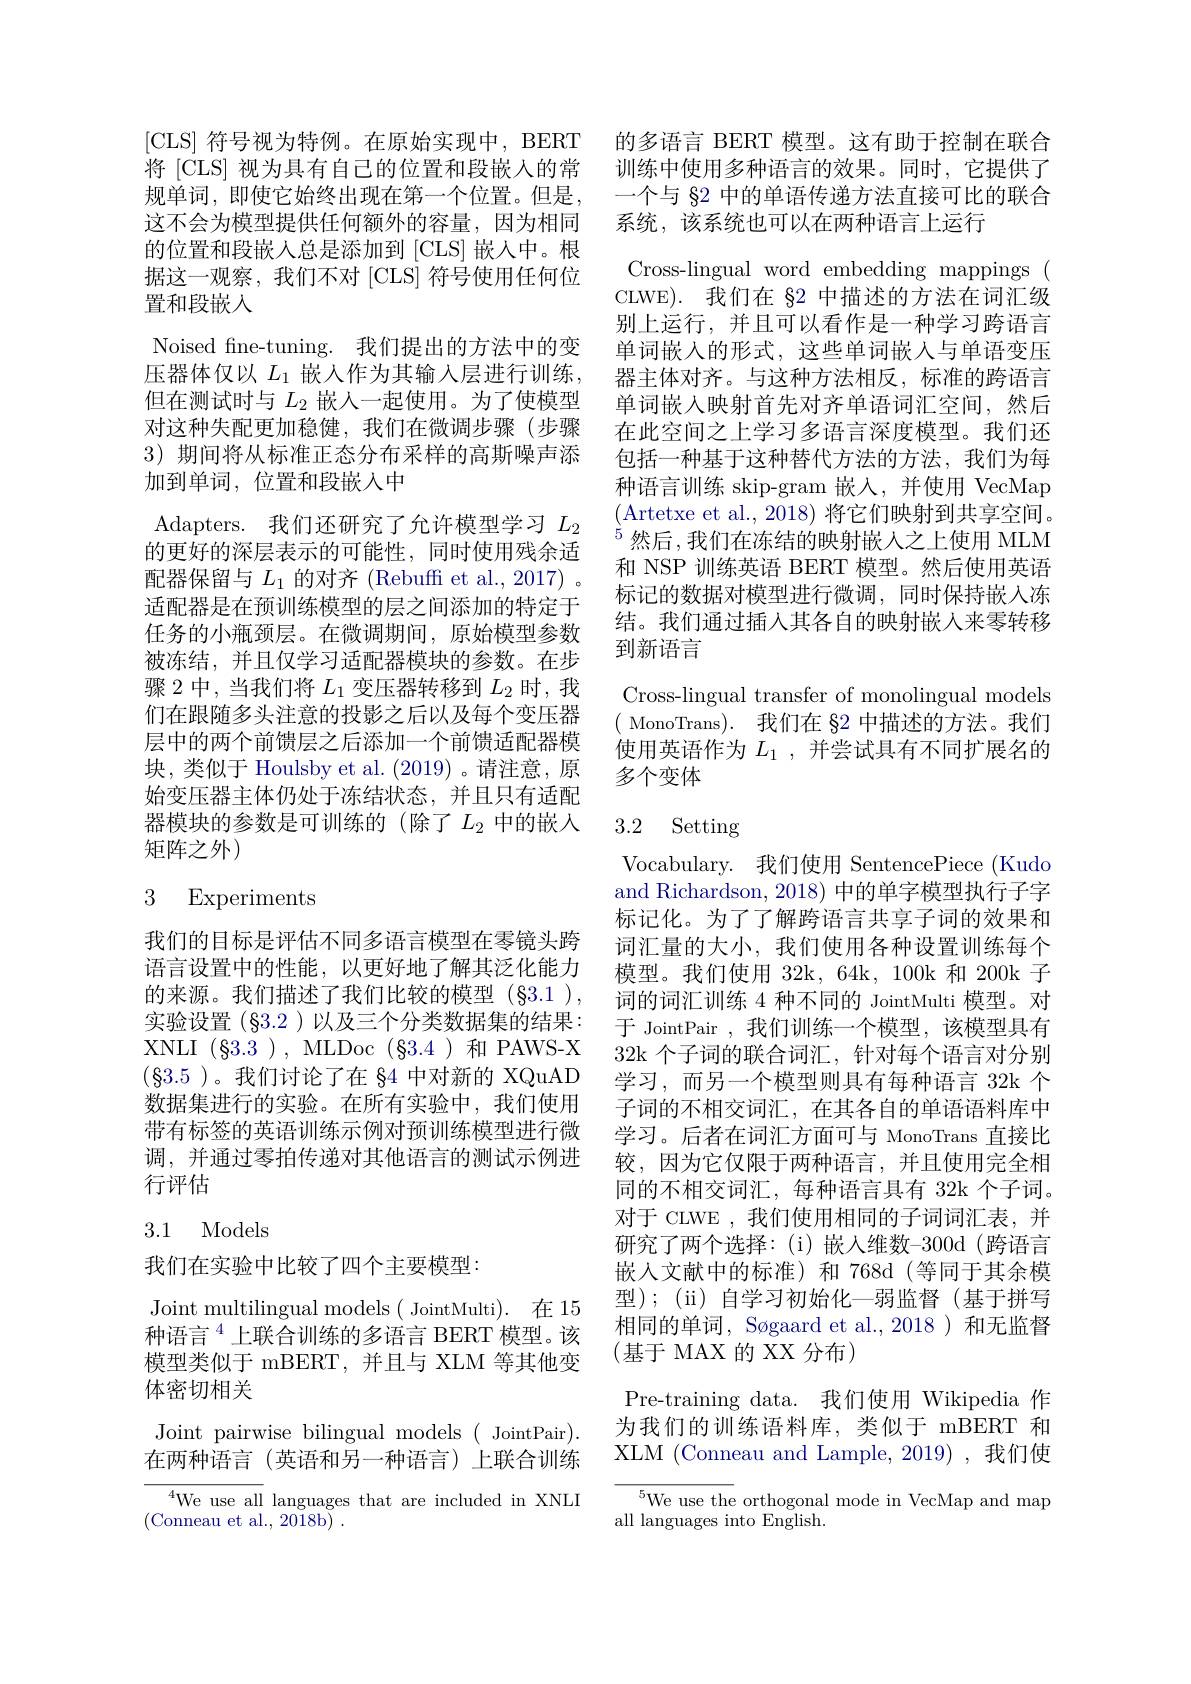
的位置和段嵌人总是添加到 [CLS] 嵌人中。根据这一观察，我们不对[CLS]符号使用任何位置和段嵌入
Noised fne-tuning. 我们提出的方法中的变压器体仅以 $L_1$ 嵌入作为其输入层进行训练， 但在测试时与$L_2$嵌人一起使用。为了使模型对这种失配更加稳健，我们在微调步骤(步骤3)期间将从标准正态分布采样的高斯噪声添加到单词，位置和段嵌入中
Adapters. 我们还研究了允许模型学习$L_2$ 的更好的深层表示的可能性，同时使用残余适配器保留与$L_1$的对齐 (Rebuff et al., 2017) 。适配器是在预训练模型的层之间添加的特定于任务的小瓶颈层。在微调期间，原始模型参数被冻结，并且仅学习适配器模块的参数。在步骤 2 中，当我们将$L_1$变压器转移到$L_2$时，我们在跟随多头注意的投影之后以及每个变压器层中的两个前馈层之后添加一个前馈适配器模块，类似于 Houlsby et al. (2019)。请注意，原始变压器主体仍处于冻结状态，并且只有适配器模块的参数是可训练的(除了$L_2$中的嵌入矩阵之外)

## 3 Experiments

我们的目标是评估不同多语言模型在零镜头跨语言设置中的性能，以更好地了解其泛化能力的来源。我们描述了我们比较的模型(§3.1 ), 实验设置(§3.2 )以及三个分类数据集的结果： XNLI $(\S3.3)$,MLDoc$(\S3.4)$和PAWS-X $(\S3.5$ )。我们讨论了在 §4 中对新的 XQuAD 数据集进行的实验。在所有实验中，我们使用带有标签的英语训练示例对预训练模型进行微调，并通过零拍传递对其他语言的测试示例进行评估

## 3.1 Models

我们在实验中比较了四个主要模型：

Joint multilingual models ( JointMulti). 在 15种语言$^{4}$上联合训练的多语言 BERT 模型。该模型类似于 mBERT,并且与 XLM 等其他变体密切相关
Joint pairwise bilingual models (JointPair). 在两种语言(英语和另一种语言)上联合训练
$^{4}$We use all languages that are included in XNLI
(Conneau et al., 2018b)~.

$\left|\mathrm{CLS}\right|$符号视为特例。在原始实现中，BERT 的多语言 BERT 模型。这有助于控制在联合将 [CLS] 视为具有自己的位置和段嵌人的常 训练中使用多种语言的效果。同时，它提供了规单词，即使它始终出现在第一个位置。但是，一个与$\$2$中的单语传递方法直接可比的联合这不会为模型提供任何额外的容量，因为相同 系统，该系统也可以在两种语言上运行
Cross-lingual word embedding mappings ( CLWE). 我们在$\S2$中描述的方法在词汇级别上运行，并且可以看作是一种学习跨语言单词嵌入的形式，这些单词嵌入与单语变压器主体对齐。与这种方法相反，标准的跨语言单词嵌入映射首先对齐单语词汇空间，然后在此空间之上学习多语言深度模型。我们还包括一种基于这种替代方法的方法，我们为每种语言训练 skip-gram 嵌入，并使用 VecMap (Artetxe et al., 2018) 将它们映射到共享空间。$^{5}$然后，我们在冻结的映射嵌人之上使用 MLM 和 NSP 训练英语 BERT 模型。然后使用英语标记的数据对模型进行微调，同时保持嵌入冻结。我们通过插人其各自的映射嵌入来零转移到新语言
Cross-lingual transfer of monolingual models ( MonoTrans). 我们在 §2 中描述的方法。我们使用英语作为$L_1$,并尝试具有不同扩展名的

多个变体

## 3.2 Setting

Vocabulary. 我们使用 SentencePiece (Kudo and Richardson, 2018) 中的单字模型执行子字标记化。为了了解跨语言共享子词的效果和词汇量的大小，我们使用各种设置训练每个模型。我们使用 32k, 64k, 100k 和 200k 子词的词汇训练 4 种不同的 JointMulti 模型。对于 JointPair , 我们训练一个模型，该模型具有32k 个子词的联合词汇，针对每个语言对分别学习，而另一个模型则具有每种语言 32k 个子词的不相交词汇，在其各自的单语语料库中学习。后者在词汇方面可与 MonoTrans 直接比较，因为它仅限于两种语言，并且使用完全相同的不相交词汇，每种语言具有 32k 个子词。对于 CLWE ,我们使用相同的子词词汇表，并研究了两个选择：(i)嵌人维数-300d(跨语言嵌入文献中的标准)和 768d(等同于其余模型);(ii)自学习初始化—弱监督(基于拼写相同的单词，Søgaard et al.,2018)和无监督(基于 MAX 的 XX 分布)
Pre-training data. 我们使用 Wikipedia 作为我们的训练语料库，类似于 mBERT 和XLM (Conneau and Lample, 2019) ,我们使
$^{5}$We use the orthogonal mode in VecMap and map

all languages into English.